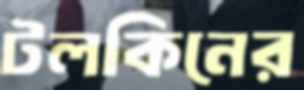
টলকিনের